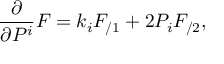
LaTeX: \frac \partial { \partial P ^ { i } } F = k _ { i } F _ { / 1 } + 2 P _ { i } F _ { / 2 } ,